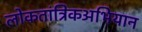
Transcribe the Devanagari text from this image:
लोकतांत्रिकअभियान